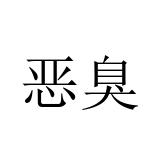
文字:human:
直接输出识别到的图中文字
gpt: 恶臭